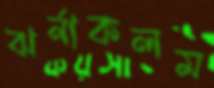
ঝর্নাকলম